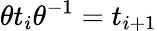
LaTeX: {\theta t_{i}\theta^{-1}=t_{i+1}}